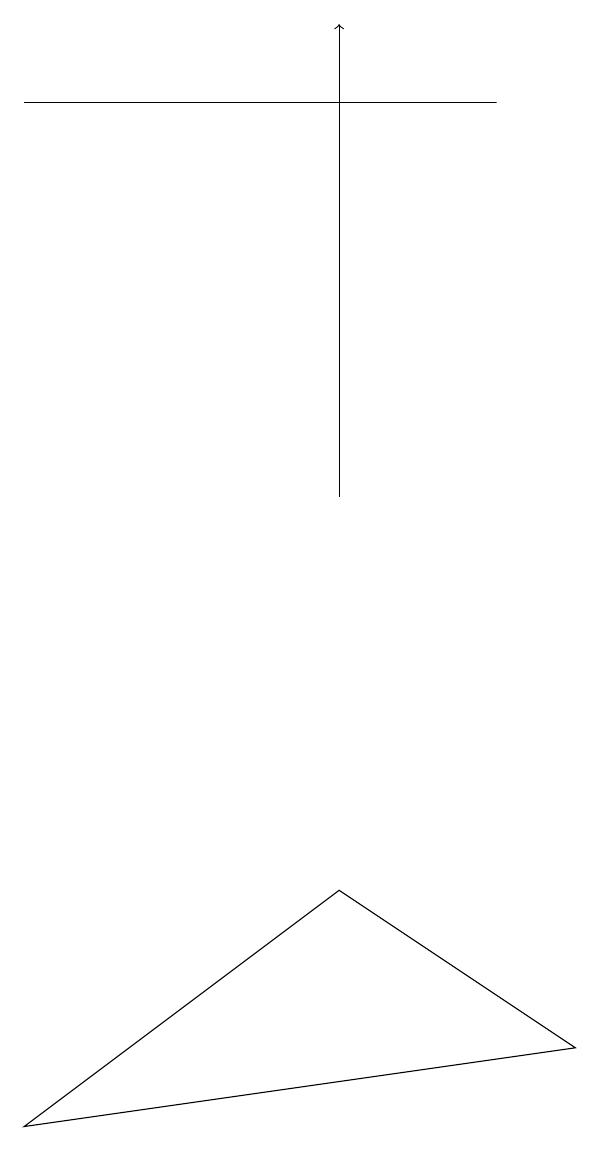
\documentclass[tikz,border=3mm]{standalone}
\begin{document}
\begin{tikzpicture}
\draw (6,15) rectangle (0,15);
\draw (4,5) -- (7,3) -- (0,2) -- cycle;
\draw[->] (4,10) -- (4,16);
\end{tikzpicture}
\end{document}